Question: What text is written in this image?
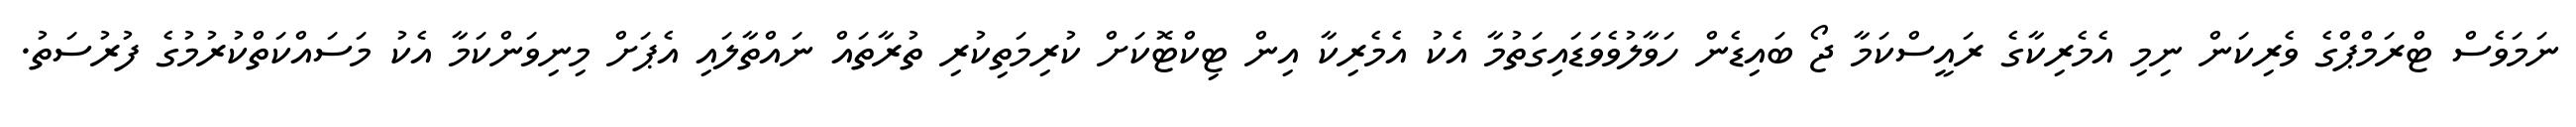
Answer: ނަމަވެސް ޓްރަމްޕްގެ ވެރިކަން ނިމި އެމެރިކާގެ ރައީސްކަމާ ޖޯ ބައިޑެން ހަވާލުވެވަޑައިގަތުމާ އެކު އެމެރިކާ އިން ޓިކްޓޮކަށް ކުރިމަތިކުރި ތުރާތައް ނައްތާލައި އެޕަށް މިނިވަންކަމާ އެކު މަސައްކަތްކުރުމުގެ ފުރުސަތު.